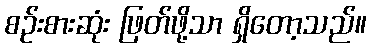
စဉ်းစားဆုံး ဖြတ်ဖို့သာ ရှိတော့သည်။